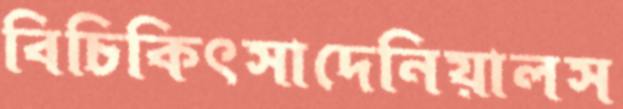
বিচিকিৎসাদেনিয়ালস